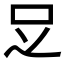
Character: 𠯁